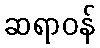
ဆရာဝန်